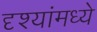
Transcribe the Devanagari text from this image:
दृश्यांमध्ये